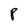
Character: P